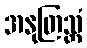
အနုတြသ္တံ